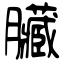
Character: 臟